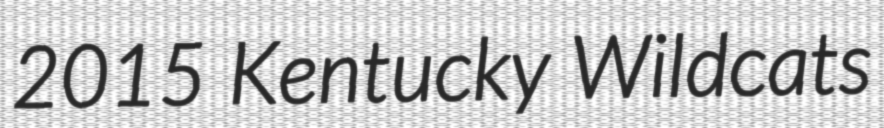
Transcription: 2015 Kentucky Wildcats